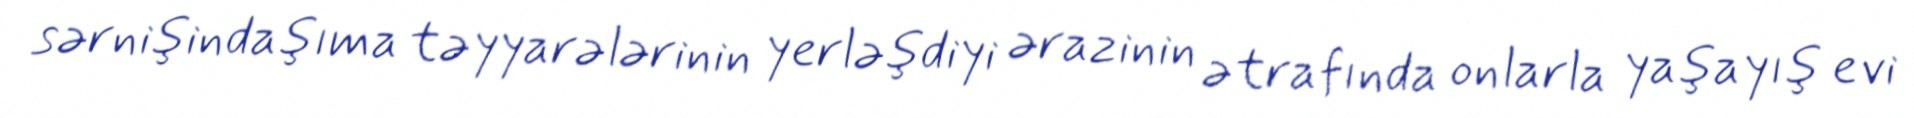
sərnişindaşıma təyyarələrinin yerləşdiyi ərazinin ətrafında onlarla yaşayış evi